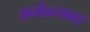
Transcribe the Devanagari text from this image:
अर्नाळ्यावर